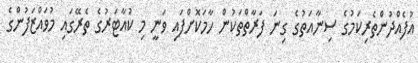
އުފެއްދުންތެރިކަމުގެ ސިނާއަތުގެ ގިނަ ފަރާތްތަކުން ހާމަކޮށްފައި ވަނީ މި ކުއާޓަރުގެ ތެރޭގައި މުވައްޒަފުންގެ